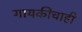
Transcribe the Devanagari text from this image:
गायकीचाही